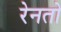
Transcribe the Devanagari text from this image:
रेनतो